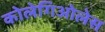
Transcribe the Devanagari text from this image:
कोलेगिओलेस